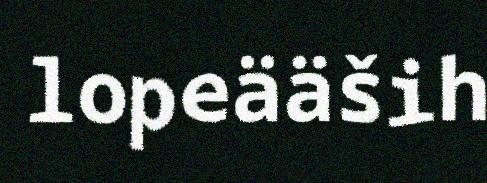
lopeääših